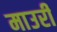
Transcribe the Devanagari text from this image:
माउरी